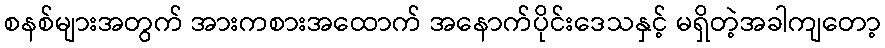
စနစ်များအတွက် အားကစားအထောက် အနောက်ပိုင်းဒေသနှင့် မရှိတဲ့အခါကျတော့